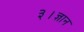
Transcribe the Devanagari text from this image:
३।ज्ञान